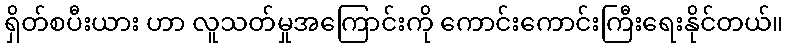
ရှိတ်စပီးယား ဟာ လူသတ်မှုအကြောင်းကို ကောင်းကောင်းကြီးရေးနိုင်တယ်။